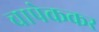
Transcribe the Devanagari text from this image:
चापेककर